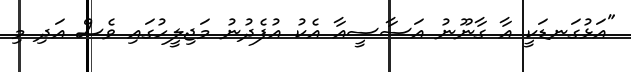
"އަޅުގަނޑަކީ އާ ގާނޫނު އަސާސީއާ އެކު އުފެދުނު މަޖިލީހުގައި ވެސް އަދި މި